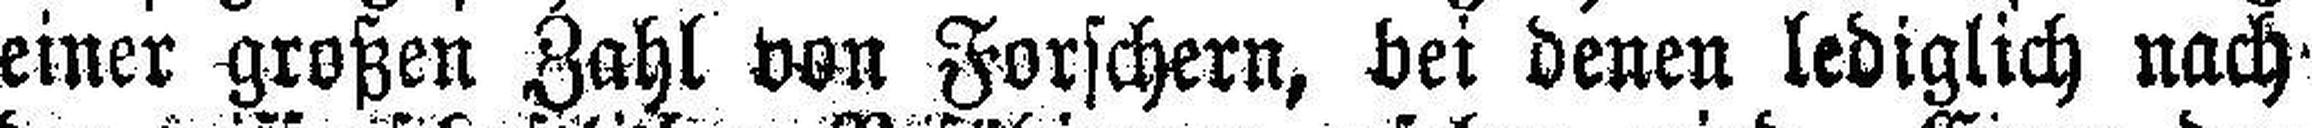
einer großen Zahl von Forschern, bei denen lediglich nach